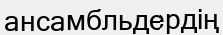
ансамбльдердің